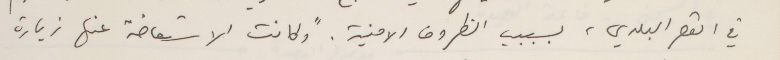
في القصر البلدي، بسببب الظروف الامنية. "وكانت الاستعاضة عنها زيارة